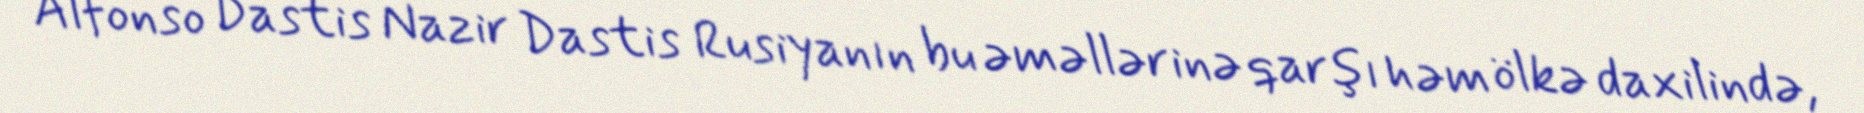
Alfonso Dastis Nazir Dastis Rusiyanın bu əməllərinə qarşı həm ölkə daxilində,